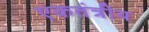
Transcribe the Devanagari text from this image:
एकतंत्रीय